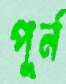
পূর্ন